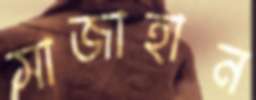
সাজাহান